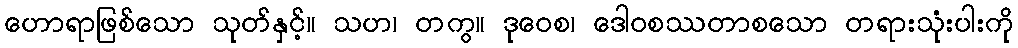
ဟောရာဖြစ်သော သုတ်နှင့်။ သဟ၊ တကွ။ ဒုဝေစ၊ ဒေါဝစဿတာစသော တရားသုံးပါးကို